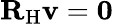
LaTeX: {\mathbf{R}}_{\mathrm{H}}{\mathbf{v}}=\mathbf{0}